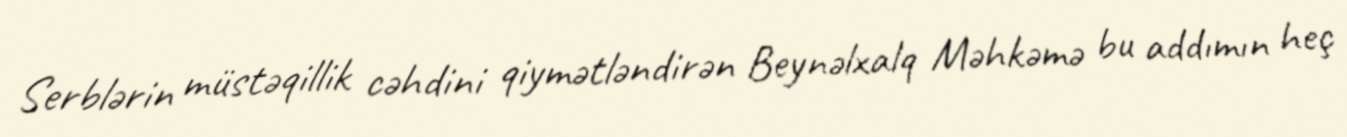
Serblərin müstəqillik cəhdini qiymətləndirən Beynəlxalq Məhkəmə bu addımın heç